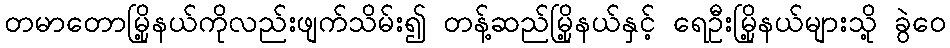
တမာတောမြို့နယ်ကိုလည်းဖျက်သိမ်း၍ တန့်ဆည်မြို့နယ်နှင့် ရေဦးမြို့နယ်များသို့ ခွဲဝေ